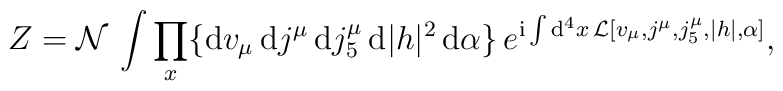
Z = {\cal N} \, \int \prod_x \{ {\rm d}v_{\mu} \, {\rm d}j^{\mu} \,    {\rm d}j^{\mu}_5 \, {\rm d}|h|^2 \, {\rm d}\alpha \} \,    e^{{\rm i} \int {\rm d}^4 x \, {\cal L}[v_{\mu},j^{\mu},j^{\mu}_5,|h|,\alpha]},